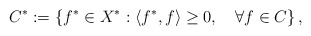
\begin{align*}C^* := \left\{ f^*\in X^* : \langle f^*, f\rangle \geq 0, \quad\forall f \in C \right\},\end{align*}